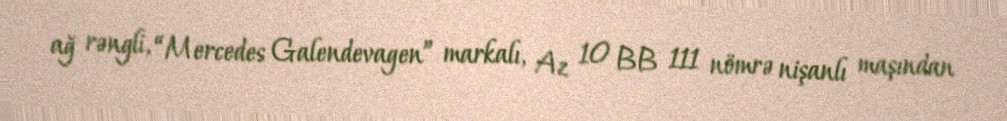
ağ rəngli, “Mercedes Galendevagen” markalı, Az 10 BB 111 nömrə nişanlı maşından